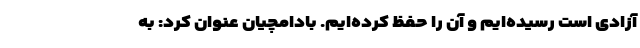
آزادی است رسیده‌ایم و آن را حفظ کرده‌ایم. بادامچیان عنوان کرد: به